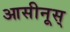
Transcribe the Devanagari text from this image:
आसीनूस्